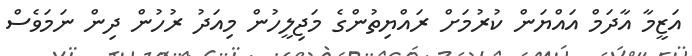
އަޒީމާ އާދަމް އައްޔަން ކުރުމަށް ރައްޔިތުންގެ މަޖިލީހުން މިއަދު ރުހުން ދިން ނަމަވެސް